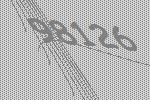
98126